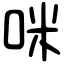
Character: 咪